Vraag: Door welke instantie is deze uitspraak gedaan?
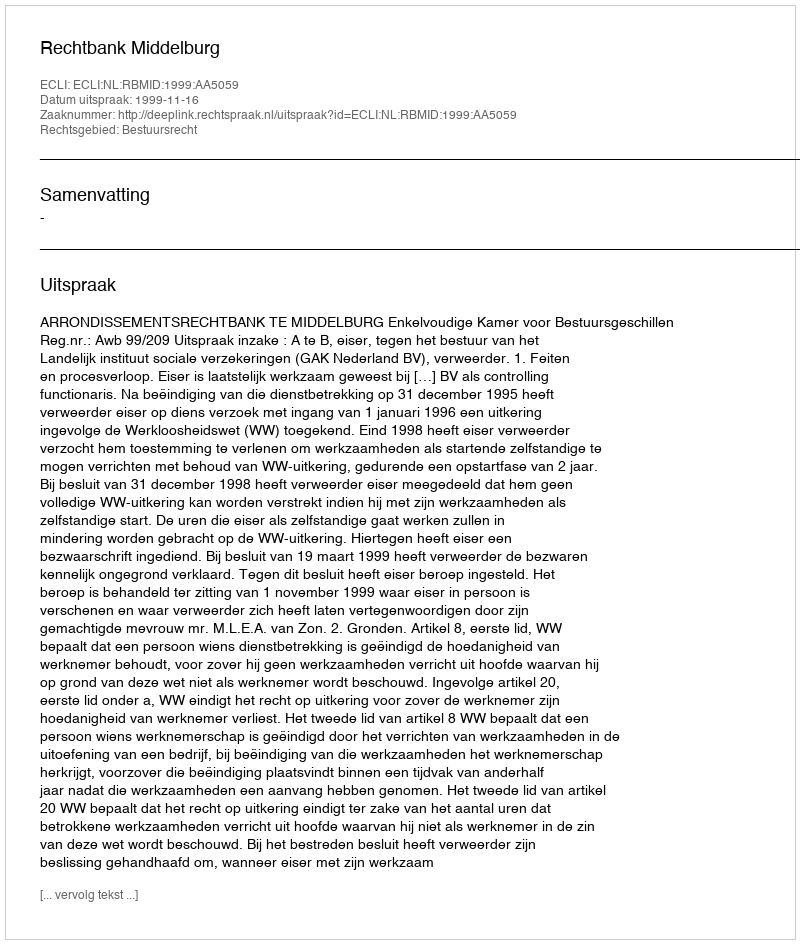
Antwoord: Rechtbank Middelburg